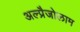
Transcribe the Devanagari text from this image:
अल्प्रैजोलाम